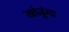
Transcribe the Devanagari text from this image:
खोजूंगा